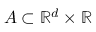
A \subset \ensuremath { \mathbb { R } } ^ { d } \times \ensuremath { \mathbb { R } }